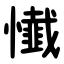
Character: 懴